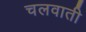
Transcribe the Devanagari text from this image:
चलवाती